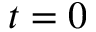
t = 0